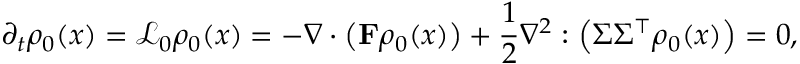
\partial _ { t } \rho _ { 0 } ( \boldsymbol { x } ) = \mathcal { L } _ { 0 } \rho _ { 0 } ( \boldsymbol { x } ) = - \nabla \cdot \left( \mathbf { F } \rho _ { 0 } ( \boldsymbol { x } ) \right) + \frac { 1 } { 2 } \nabla ^ { 2 } : \left( \Sigma \Sigma ^ { \top } \rho _ { 0 } ( \boldsymbol { x } ) \right) = 0 ,